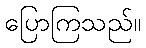
ပြောကြသည်။